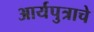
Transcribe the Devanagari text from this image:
आर्यपुत्राचे